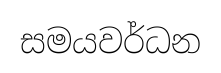
සමයවර්ධන